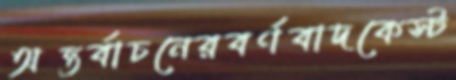
অন্তর্বাচনেরবর্ণবাদকেস্ট